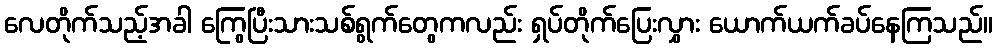
လေတိုက်သည့်အခါ ကြွေပြီးသားသစ်ရွက်တွေကလည်း ရှပ်တိုက်ပြေးလွှား ယောက်ယက်ခပ်နေကြသည်။